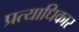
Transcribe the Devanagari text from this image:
प्रत्याधिकार